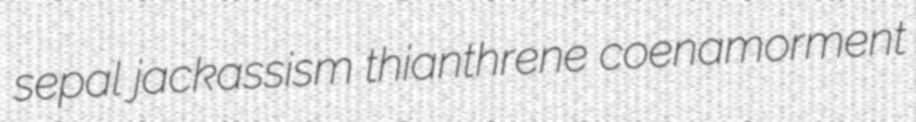
sepal jackassism thianthrene coenamorment